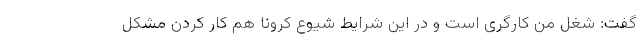
گفت: شغل من کارگری است و در این شرایط شیوع کرونا هم کار کردن مشکل